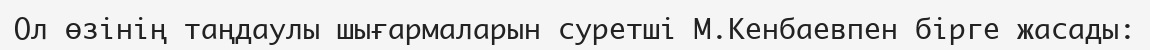
Ол өзінің таңдаулы шығармаларын суретші М.Кенбаевпен бірге жасады: